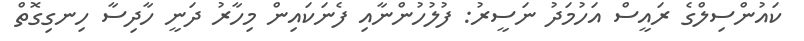
ކައުންސިލްގެ ރައީސް އަހުމަދު ނަސީރު: ފުލުހުންނާއި ފެނަކައިން މިހާރު ދަނީ ހާދިސާ ހިނގިގޮތް